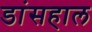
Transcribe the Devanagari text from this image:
डांसहाल